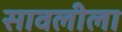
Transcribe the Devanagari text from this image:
सावलीला